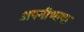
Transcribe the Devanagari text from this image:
अपनीभाषा